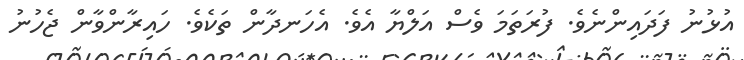
އުޅުނު ފަދައިންނެވެ. ފުރަތަމަ ވެސް އަލްޔާ އެވެ. އެހަނދާން ތަކެވެ. ހައިރާންވާން ޖެހުނު